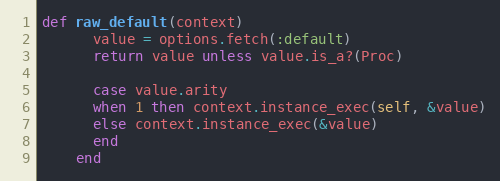
Language: Ruby
def raw_default(context)
      value = options.fetch(:default)
      return value unless value.is_a?(Proc)

      case value.arity
      when 1 then context.instance_exec(self, &value)
      else context.instance_exec(&value)
      end
    end